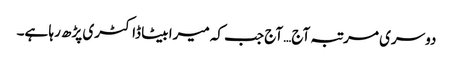
دوسری مرتبہ آج… آج جب کہ میرا بیٹا ڈاکٹری پڑھ رہا ہے۔